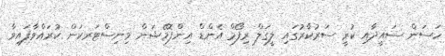
ހަސަން ސައީދާއި ކުރީ ސަރުކާރުގައި ލީގަލް ރިފޯމް އެންޑް އިންފޮމޭޝަން މިނިސްޓަރކަން ކުރައްވާފައިވާ